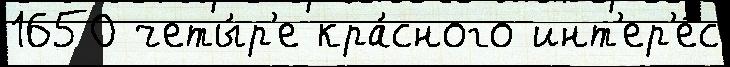
1650 четы́р'е кра́сного инт'ер'е́с